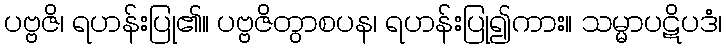
ပဗ္ဗဇိ၊ ရဟန်းပြု၏။ ပဗ္ဗဇိတွာစပန၊ ရဟန်းပြု၍ကား။ သမ္မာပဋိပဒံ၊